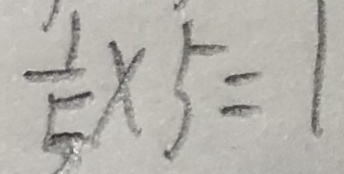
\frac { 1 } { 5 } \times 5 = 1